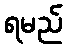
ရမည်